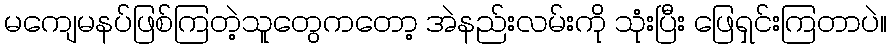
မကျေမနပ်ဖြစ်ကြတဲ့သူတွေကတော့ အဲနည်းလမ်းကို သုံးပြီး ဖြေရှင်းကြတာပဲ။